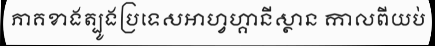
ភាគខាងត្បូងប្រទេសអាហ្វហ្គានីស្ថាន កាលពីយប់